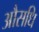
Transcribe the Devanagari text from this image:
औसधि